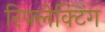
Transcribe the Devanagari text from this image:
रिफ्लेक्टिंग